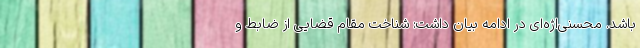
باشد. محسنی‌اژه‌ای در ادامه بیان داشت: شناخت مقام قضایی از ضابط و